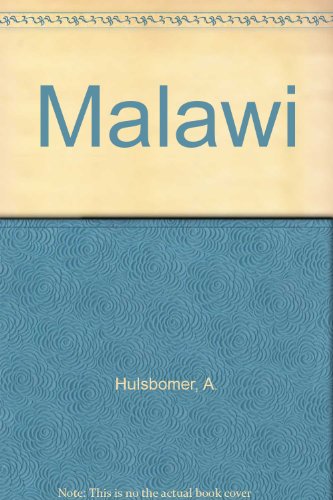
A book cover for Malawi; A. Hulsbomer; Travel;